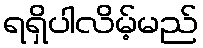
ရရှိပါလိမ့်မည်